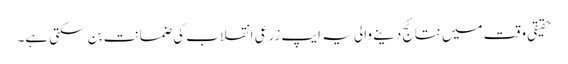
حقیقی وقت میں نتائج دینے والی یہ ایپ زرعی انقلاب کی ضمانت بن سکتی ہے۔